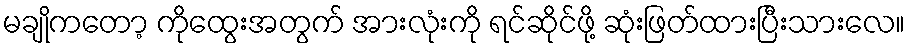
မချိုကတော့ ကိုထွေးအတွက် အားလုံးကို ရင်ဆိုင်ဖို့ ဆုံးဖြတ်ထားပြီးသားလေ။